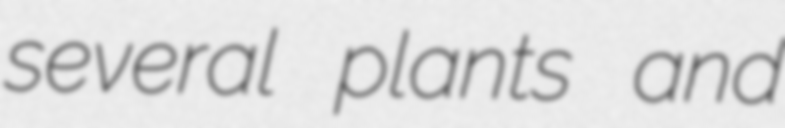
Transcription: several plants and